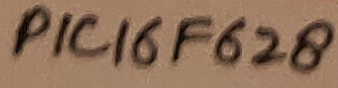
Text: PIC16F628